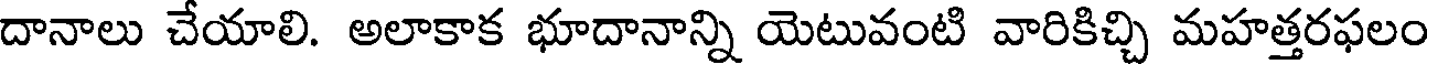
దానాలు చేయాలి. అలాకాక భూదానాన్ని యెటువంటి వారికిచ్చి మహత్తరఫలం